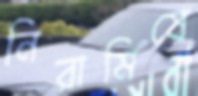
নিরামিষে